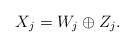
LaTeX: \begin{align*}{X_j} = W_j \oplus Z_j.\end{align*}